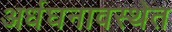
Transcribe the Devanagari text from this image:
अर्धघनावस्थेत